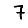
Digit: 7